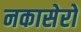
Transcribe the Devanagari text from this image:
नकासेरो